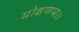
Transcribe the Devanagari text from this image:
मोक्षणम।।